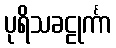
ပုရိသခဠုင်္ကာ